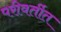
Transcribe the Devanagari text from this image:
परीवर्तीत